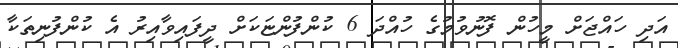
އަދި ހައްޖަށް މީހުން ފޮނުވުމުގެ ހުއްދަ 6 ކުންފުންޏަކަށް ދީފައިވާއިރު އެ ކުންފުނިތަކާ